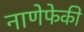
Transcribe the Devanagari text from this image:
नाणेफेकी